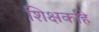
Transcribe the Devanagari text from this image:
शिक्षकहि